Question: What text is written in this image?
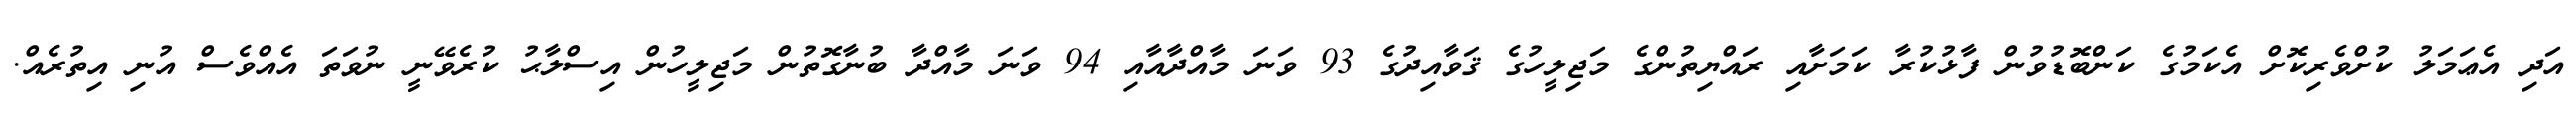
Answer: އަދި އެޢަމަލު ކުށްވެރިކޮށް އެކަމުގެ ކަންބޮޑުވުން ފާޅުކުރާ ކަމަށާއި ރައްޔިތުންގެ މަޖިލީހުގެ ޤަވާއިދުގެ 93 ވަނަ މާއްދާއާއި 94 ވަނަ މާއްދާ ބުނާގޮތުން މަޖިލީހުން އިސްލާޙު ކުރެވޭނީ ނުވަތަ އެއްވެސް އުނި އިތުރެއް.